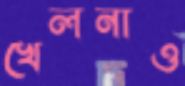
খেলনাও